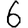
Digit: 6